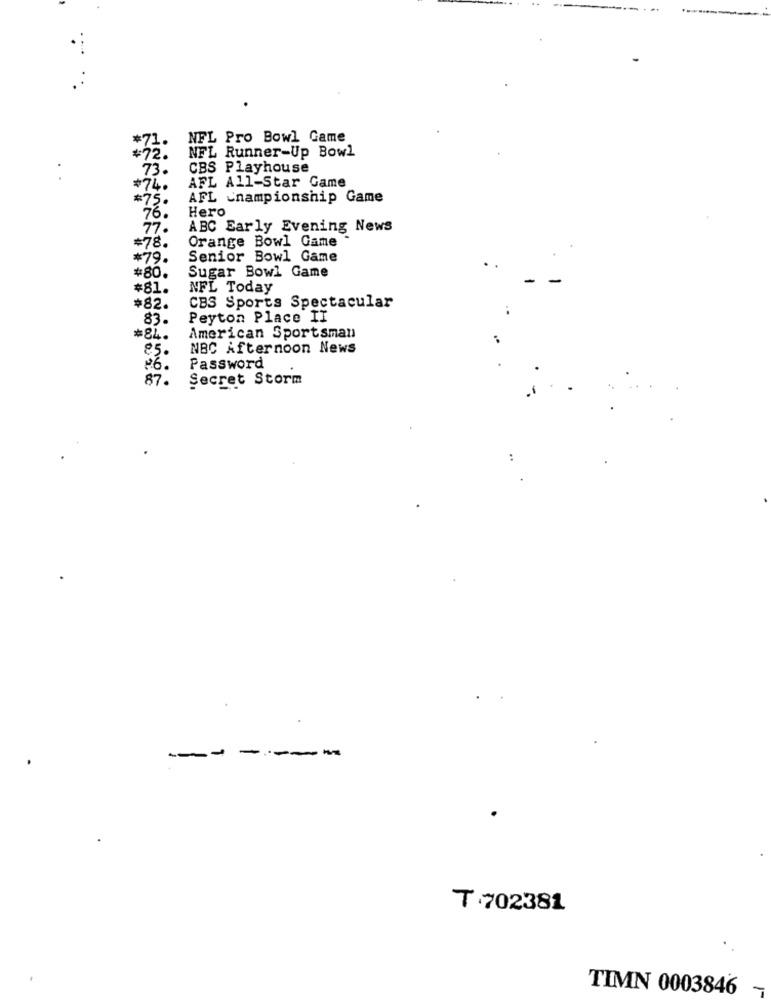
*71.
NFL Pro Bowl Game
NFL Runner-Up Bowl
#72.
73.
CBS Playhouse
.
AFL All-Star Game
#74.
#75.
AFL Championship Game
Hero
76.
77.
ABC Early Evening News
=78.
Orange Bowl Game
*79.
Senior Bowl Game
Sugar Bowl Game
#80.
#81.
NFL Today
#82.
CBS Sports Spectacular
83.
Peyton Place II
American Sportsman
#84.
85.
NBC Afternoon News
16.
Password
87.
Secret Storm
.1
-------
T .702381
TIMN 0003846